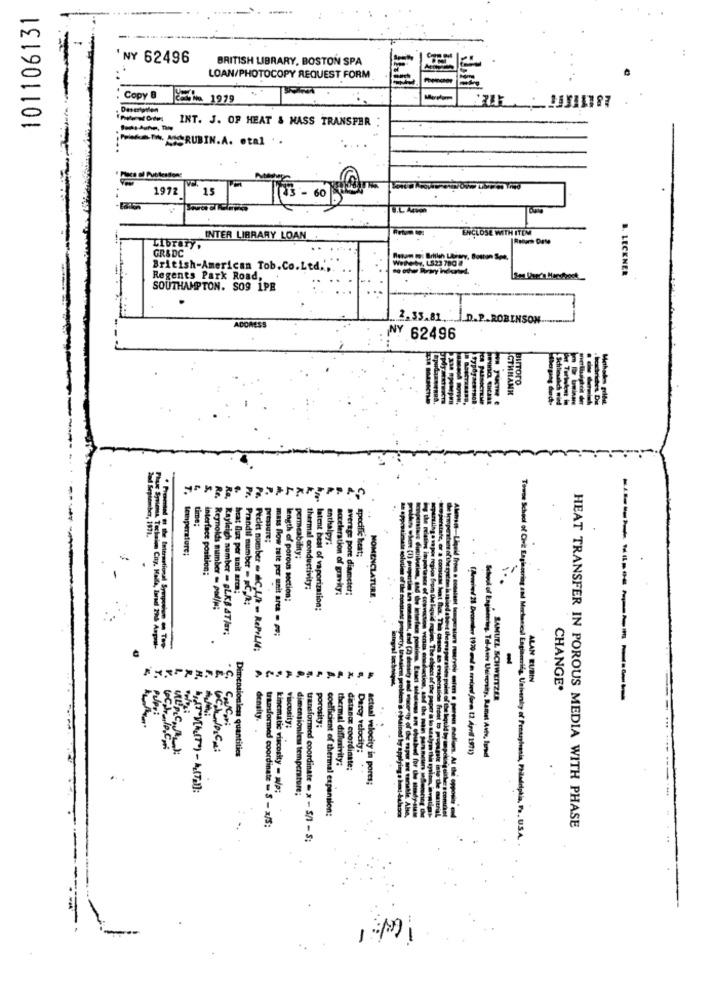
101106131
NY 62496
BRITISH LIBRARY, BOSTON SPA
LOAN/PHOTOCOPY REQUEST FORM
: Copy 8
češi 1979
INT. J. OF HEAT & MASS TRANSFER
;Pues . MCRUBIN.A. otal. .
1972
15
ENCLOSE WITH ITEM
INTER LIBRARY LOAN
Library,
GR&DC
Wetherby, LS23 790
British-American Tob.Co.Ltd.',
B. LECKNER
Regents Park Road,
SOUTHAMPTON. SO9 1PE
2,35.81.
ISON
ADORESS
NY 62496
time:
temperature;
Pressure;
enthalpy:
permeability;
specific heat;
pore diar
interface position:
latent beat of vapori
Itate, of $ constam
thermal conductivity:
acceleration of gravity:
heat flux per unit arca;
length of porous section:
NOMENCLATURE
Towne School of Civil Engineering and M
Re. Reynolds member - pod/a;
Prandil number - C.A:
Ra, Kayleigh number = gLKS AT/ar;
mass flow tate per unit ares . po;
.
Piclet nomber = C, L/h - RePrLM;
ALAN BUBIN
CHANGE.
. SAMUEL SCHWEITZER
density.
viscosity:
porosity:
Dimensionless quantities
thermal diffasiy
Darcy velocity:
School of Engineering. Tel-Aviv Keingraity. Ramet Avte, lund
distance coordinate:
actual velocity in pores;
kinematic viscosity - a/p;
dimensionles temperature;
coefficient of thermal expansion:
transformed coordinate - S - x/S:
HEAT TRANSFER IN POROUS MEDIA WITH PHASE
.US
transformed coordinate = x - 5/1 - 5;
1Mi